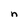
Character: n